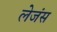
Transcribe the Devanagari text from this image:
लेजंस